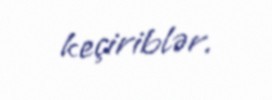
keçiriblər.